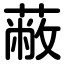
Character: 蔽